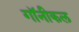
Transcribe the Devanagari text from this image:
गॉनीकल